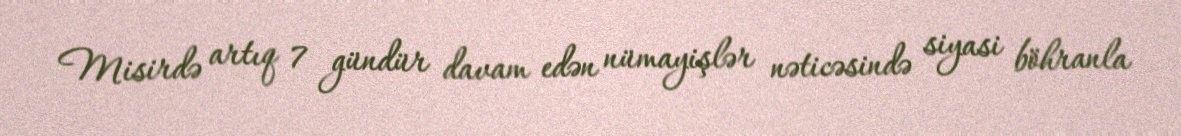
Misirdə artıq 7 gündür davam edən nümayişlər nəticəsində siyasi böhranla